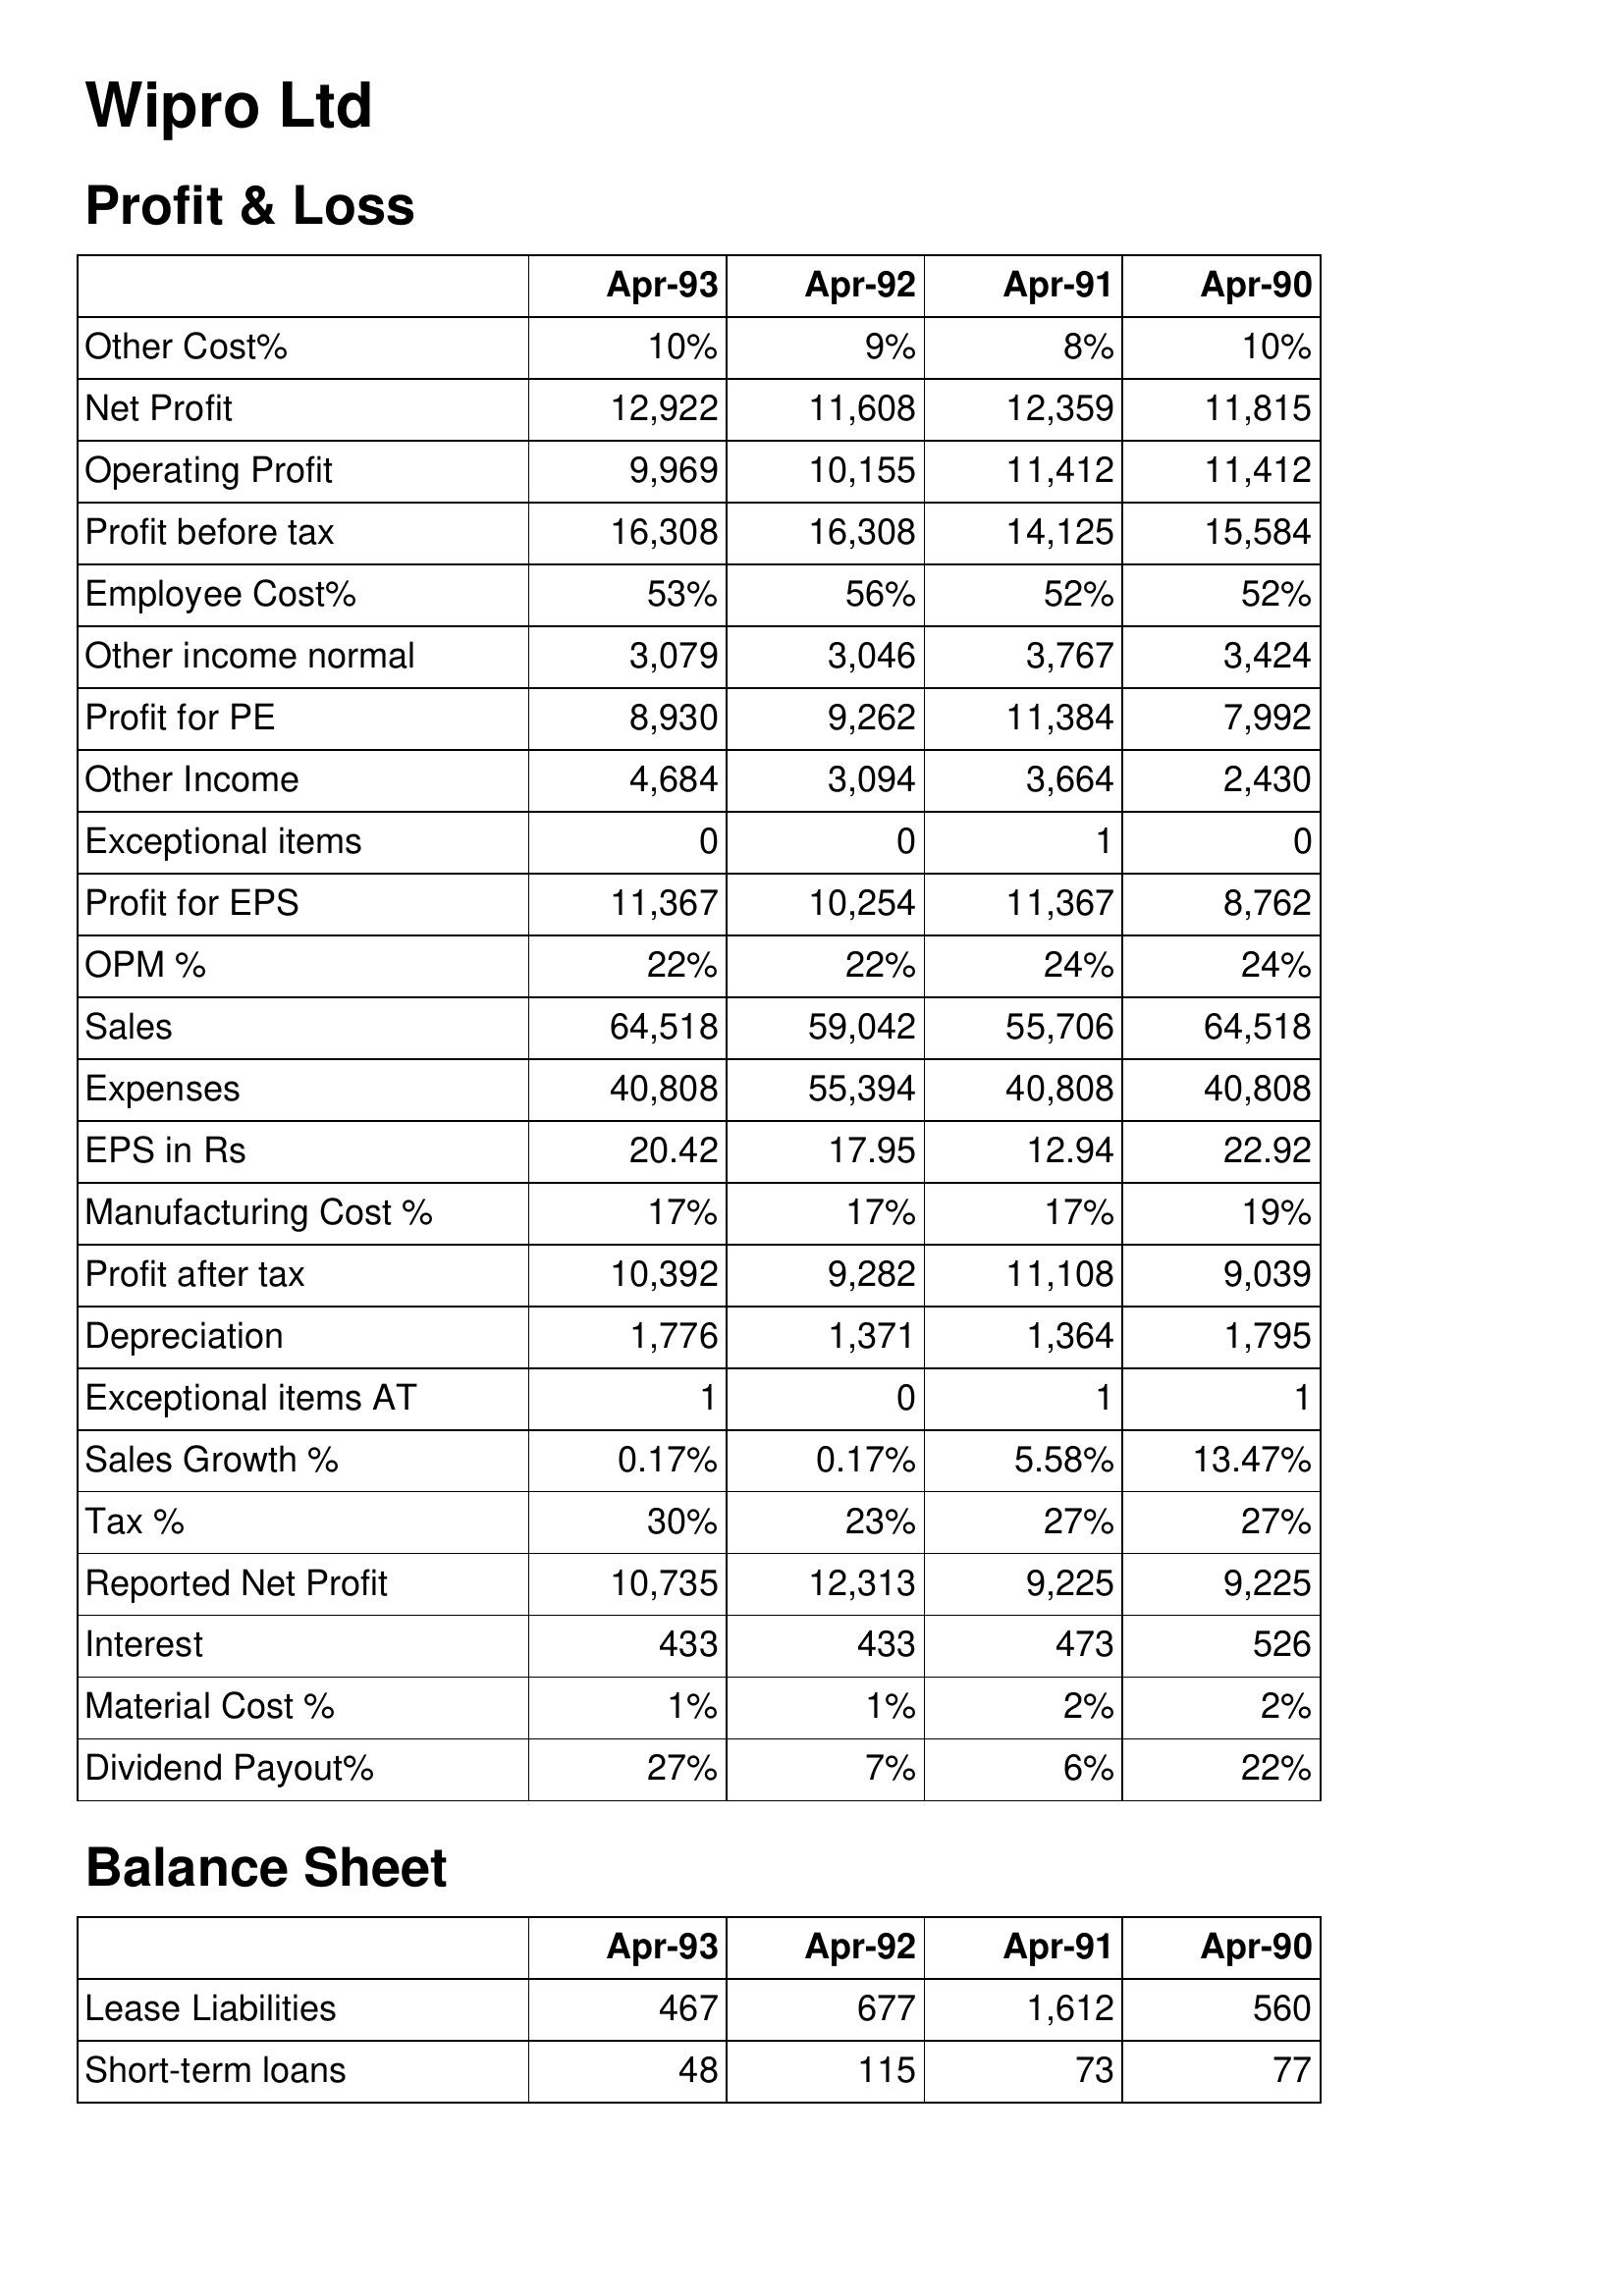
Apr-93: Profit & Loss: Other Cost%: 10%
Net Profit: 12,922
Operating Profit: 9,969
Profit before tax: 16,308
Employee Cost%: 53%
Other income normal: 3,079
Profit for PE: 8,930
Other Income: 4,684
Exceptional items: 0
Profit for EPS: 11,367
OPM %: 22%
Sales: 64,518
Expenses: 40,808
EPS in Rs: 20.42
Manufacturing Cost %: 17%
Profit after tax: 10,392
Depreciation: 1,776
Exceptional items AT: 1
Sales Growth %: 0.17%
Tax %: 30%
Reported Net Profit: 10,735
Interest: 433
Material Cost %: 1%
Dividend Payout%: 27%
Balance Sheet: Lease Liabilities: 467
Short-term loans: 48
Apr-92: Profit & Loss: Other Cost%: 9%
Net Profit: 11,608
Operating Profit: 10,155
Profit before tax: 16,308
Employee Cost%: 56%
Other income normal: 3,046
Profit for PE: 9,262
Other Income: 3,094
Exceptional items: 0
Profit for EPS: 10,254
OPM %: 22%
Sales: 59,042
Expenses: 55,394
EPS in Rs: 17.95
Manufacturing Cost %: 17%
Profit after tax: 9,282
Depreciation: 1,371
Exceptional items AT: 0
Sales Growth %: 0.17%
Tax %: 23%
Reported Net Profit: 12,313
Interest: 433
Material Cost %: 1%
Dividend Payout%: 7%
Balance Sheet: Lease Liabilities: 677
Short-term loans: 115
Apr-91: Profit & Loss: Other Cost%: 8%
Net Profit: 12,359
Operating Profit: 11,412
Profit before tax: 14,125
Employee Cost%: 52%
Other income normal: 3,767
Profit for PE: 11,384
Other Income: 3,664
Exceptional items: 1
Profit for EPS: 11,367
OPM %: 24%
Sales: 55,706
Expenses: 40,808
EPS in Rs: 12.94
Manufacturing Cost %: 17%
Profit after tax: 11,108
Depreciation: 1,364
Exceptional items AT: 1
Sales Growth %: 5.58%
Tax %: 27%
Reported Net Profit: 9,225
Interest: 473
Material Cost %: 2%
Dividend Payout%: 6%
Balance Sheet: Lease Liabilities: 1,612
Short-term loans: 73
Apr-90: Profit & Loss: Other Cost%: 10%
Net Profit: 11,815
Operating Profit: 11,412
Profit before tax: 15,584
Employee Cost%: 52%
Other income normal: 3,424
Profit for PE: 7,992
Other Income: 2,430
Exceptional items: 0
Profit for EPS: 8,762
OPM %: 24%
Sales: 64,518
Expenses: 40,808
EPS in Rs: 22.92
Manufacturing Cost %: 19%
Profit after tax: 9,039
Depreciation: 1,795
Exceptional items AT: 1
Sales Growth %: 13.47%
Tax %: 27%
Reported Net Profit: 9,225
Interest: 526
Material Cost %: 2%
Dividend Payout%: 22%
Balance Sheet: Lease Liabilities: 560
Short-term loans: 77